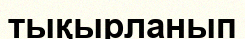
тықырланып